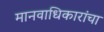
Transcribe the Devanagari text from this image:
मानवाधिकारांचा